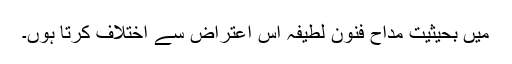
میں بحیثیت مداحِ فنون لطیفہ اس اعتراض سے اختلاف کرتا ہوں۔